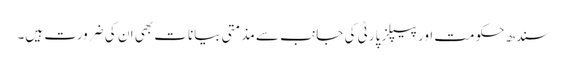
سندھ حکومت اور پیپلز پارٹی کی جانب سے مذمتی بیانات بھی ان کی ضرورت ہیں۔